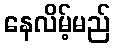
နေလိမ့်မည်